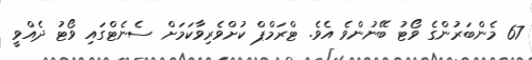
67 މެންބަރުންގެ ވޯޓު ބޭނުންވެ އެވެ. ޓްރަމްޕް ކުށްވެރިވާކަމަށް ސެނެޓްގައި ވޯޓު ދެއްވީ